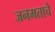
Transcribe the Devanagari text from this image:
जनमताचे